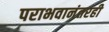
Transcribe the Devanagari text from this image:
पराभवानंतरही